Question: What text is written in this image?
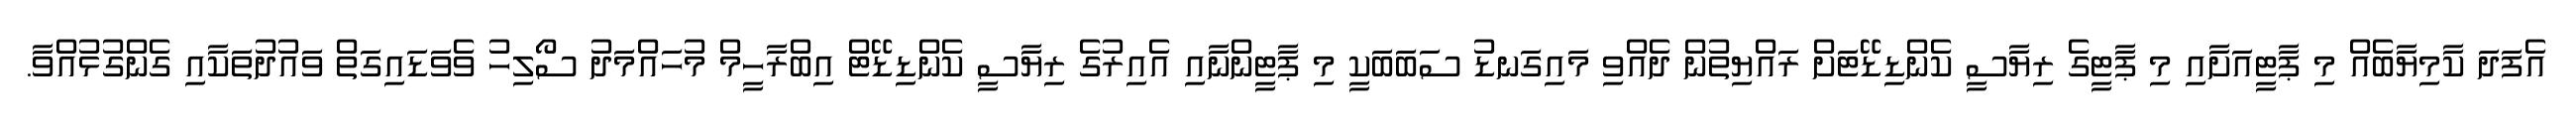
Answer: އެފަދަ ކާމިޔާބެއް މި ޕާޓީއަށާއި މި ޕާޓީގެ ރިޔާސީ ކެންޑިޑޭޓަށް ރައްޔިތުން ދެއްވި މައިގަނޑު ސަބަބަކީ މި ޕާޓީންނާއި އެއިރުގެ ރިޔާސީ ކެންޑިޑޭޓް އިބްރާހީމް މުހައްމަދު ސޯލިހު ވެވަޑައިގަތް ވައުދުތަކާއި ގެންގުޅުއްވާ.